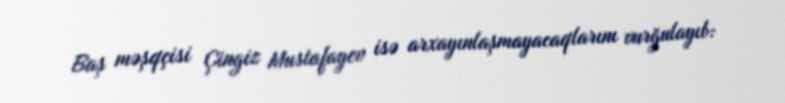
Baş məşqçisi Çingiz Mustafayev isə arxayınlaşmayacaqlarını vurğulayıb: